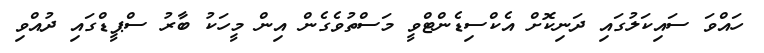
ހައްވަ ސައިކަލުގައި ދަނިކޮށް އެކްސިޑެންޓްވީ މަސްތުވެގެން އިން މީހަކު ބާރު ސްޕީޑްގައި ދުއްވި